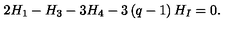
2 H _ { 1 } - H _ { 3 } - 3 H _ { 4 } - 3 \left( q - 1 \right) H _ { I } = 0 .